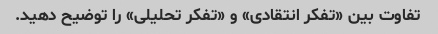
تفاوت بین «تفکر انتقادی» و «تفکر تحلیلی» را توضیح دهید.